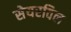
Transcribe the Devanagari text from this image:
सेयरविल